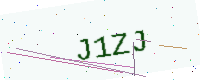
Text: J1ZJ